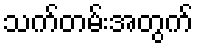
သက်တမ်းအတွက်